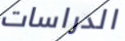
الدراسات